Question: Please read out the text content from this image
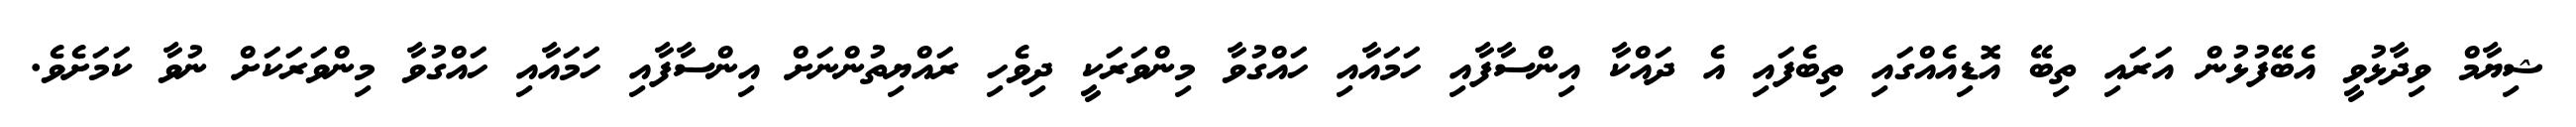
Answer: ޝިޔާމް ވިދާޅުވީ އެބޭފުޅުން އަރައި ތިބޭ އޮޑިއެއްގައި ތިބެފައި އެ ދައްކާ އިންސާފާއި ހަމައާއި ހައްގުވާ މިންވަރަކީ ދިވެހި ރައްޔިތުންނަށް އިންސާފާއި ހަމައާއި ހައްގުވާ މިންވަރަކަށް ނުވާ ކަމަށެވެ.